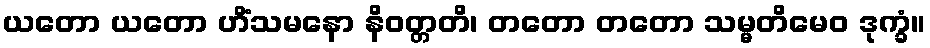
ယတော ယတော ဟိံသမနော နိဝတ္တတိ၊ တတော တတော သမ္မတိမေဝ ဒုက္ခံ။